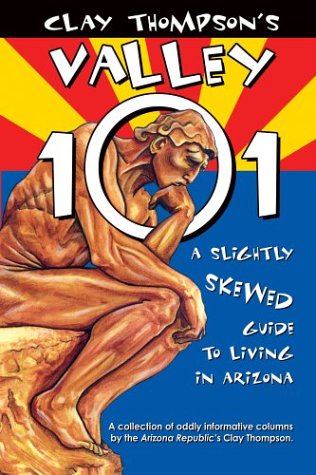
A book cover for Clay Thompson's Valley 101: A Slightly Skewed Guide to Living in Arizona; Clay Thompson; Travel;